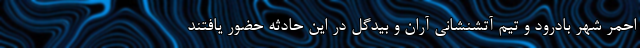
احمر شهر بادرود و تیم آتشنشانی آران و بیدگل در این حادثه حضور یافتند